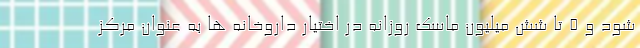
شود و ۵ تا شش میلیون ماسک روزانه در اختیار داروخانه ها به عنوان مرکز